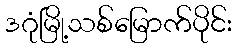
ဒဂုံမြို့သစ်မြောက်ပိုင်း